Civil Veterinary Department Bihar & Orissa reports 1922-29 - 1922-1929
Year: 1922
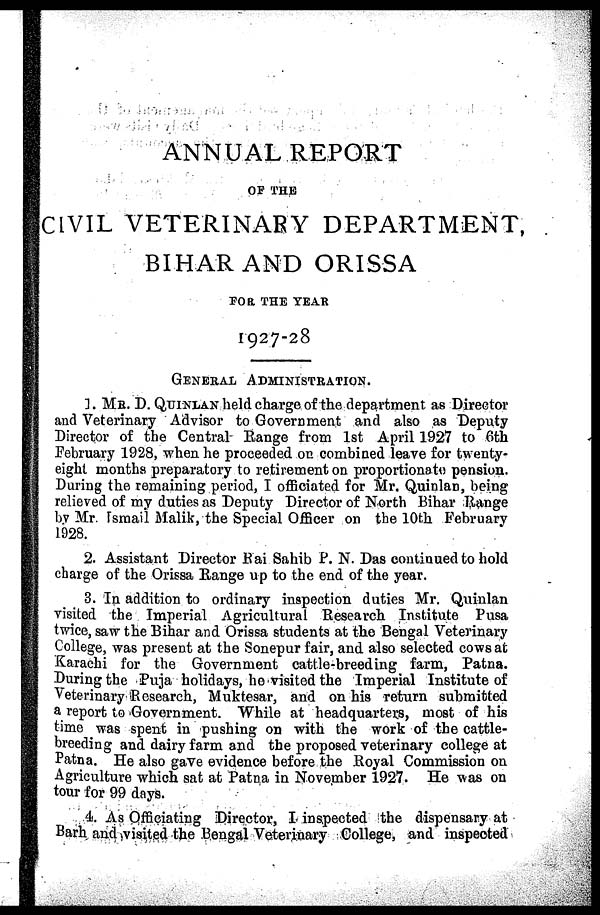
ANNUAL REPORT
OP THE
CIVIL VETERINARY DEPARTMENT,
BIHAR AND ORISSA
FOR THE YEAR
1927-28
GENERAL ADMINISTRATION.
1. MR. D. QUINLAN held charge of the department as Director
and Veterinary Advisor to Government and also as Deputy
Director of the Central Range from 1st April 1927 to 6th
February 1928, when he proceeded on combined leave for twenty-
eight months preparatory to retirement on proportionate pension.
During the remaining period, I officiated for Mr. Quinlan, being
relieved of my duties as Deputy Director of North Bihar Range
by Mr. Ismail Malik, the Special Officer on the 10th February
1928.
2. Assistant Director Rai Sahib P. N. Das continued to hold
charge of the Orissa Range up to the end of the year.
3. In addition to ordinary inspection duties Mr. Quinlan
visited the Imperial Agricultural Research Institute Pusa
twice, saw the Bihar and Orissa students at the Bengal Veterinary
College, was present at the Sonepur fair, and also selected cows at
Karachi for the Government cattle-breeding farm, Patna.
During the Puja holidays, he visited the Imperial Institute of
Veterinary Research, Muktesar, and on his return submitted
a report to Government. While at headquarters, most of his
time was spent in pushing on with the work of the cattle-
breeding and dairy farm and the proposed veterinary college at
Patna. He also gave evidence before the Royal Commission on
Agriculture which sat at Patna in November 1927. He was on
tour for 99 days.
4. As Officiating Director, I inspected the dispensary at
Barh and visited the Bengal Veterinary College, and inspected